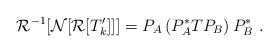
LaTeX: \begin{align*}{\cal R}^{-1} [ {\cal N} [ {\cal R}[T_k^\prime] ] ] = P_A\left( P_A^* T P_B \right) P_B^* \ .\end{align*}